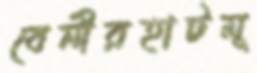
বেনীরহাটমূ